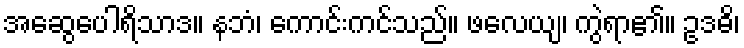
အဆွေပေါရိသာဒ။ နဘံ၊ ကောင်းကင်သည်။ ဖလေယျ၊ ကွဲရာ၏။ ဥဒဓိ၊